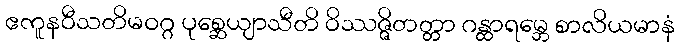
ဧကူနဝီသတိမဝဂ္ဂ ပုစ္ဆေယျာသီတိ ဝိဿဇ္ဇိတတ္တာ ဂန္ထာရမ္ဘေ စာလိယမာနံ